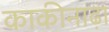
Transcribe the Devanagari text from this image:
काकीनाढ़ा